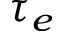
\tau _ { e }